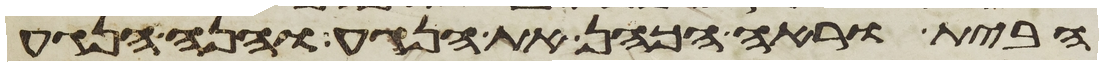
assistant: הבית וראה הכהן את הנגע והנה הנגע